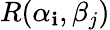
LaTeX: R(\alpha_{\mathbf{i}},\beta_{j})